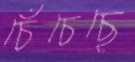
চেঁচেছে